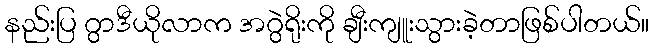
နည်းပြ ဂွာဒီယိုလာက အဂွဲရိုးကို ချီးကျူးသွားခဲ့တာဖြစ်ပါတယ်။